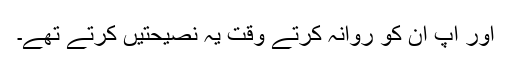
اور آپ ان کو روانہ کرتے وقت یہ نصیحتیں کرتے تھے۔